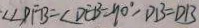
\angle \angle D F B = \angle D E B = 9 0 ^ { \circ } , D B = D B